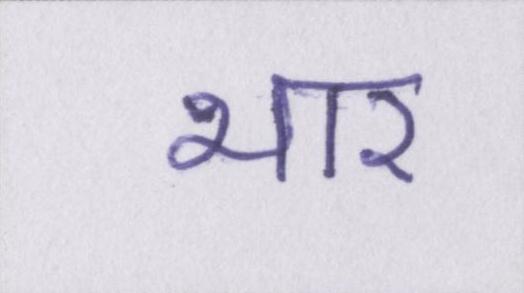
भार